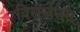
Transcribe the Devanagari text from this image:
विसर्जनम्